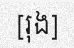
[រុង]